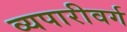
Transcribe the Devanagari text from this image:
व्यपारीवर्ग